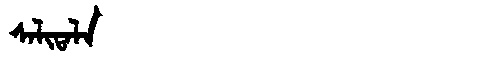
Manchu: ᠰᠠᠯᡳᡨᠠᠯᠠ
Romanization: SALITALA